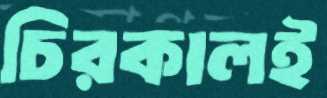
চিরকালই